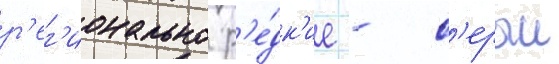
р'ег'ионально р'е́дк'ие - с'ерыи